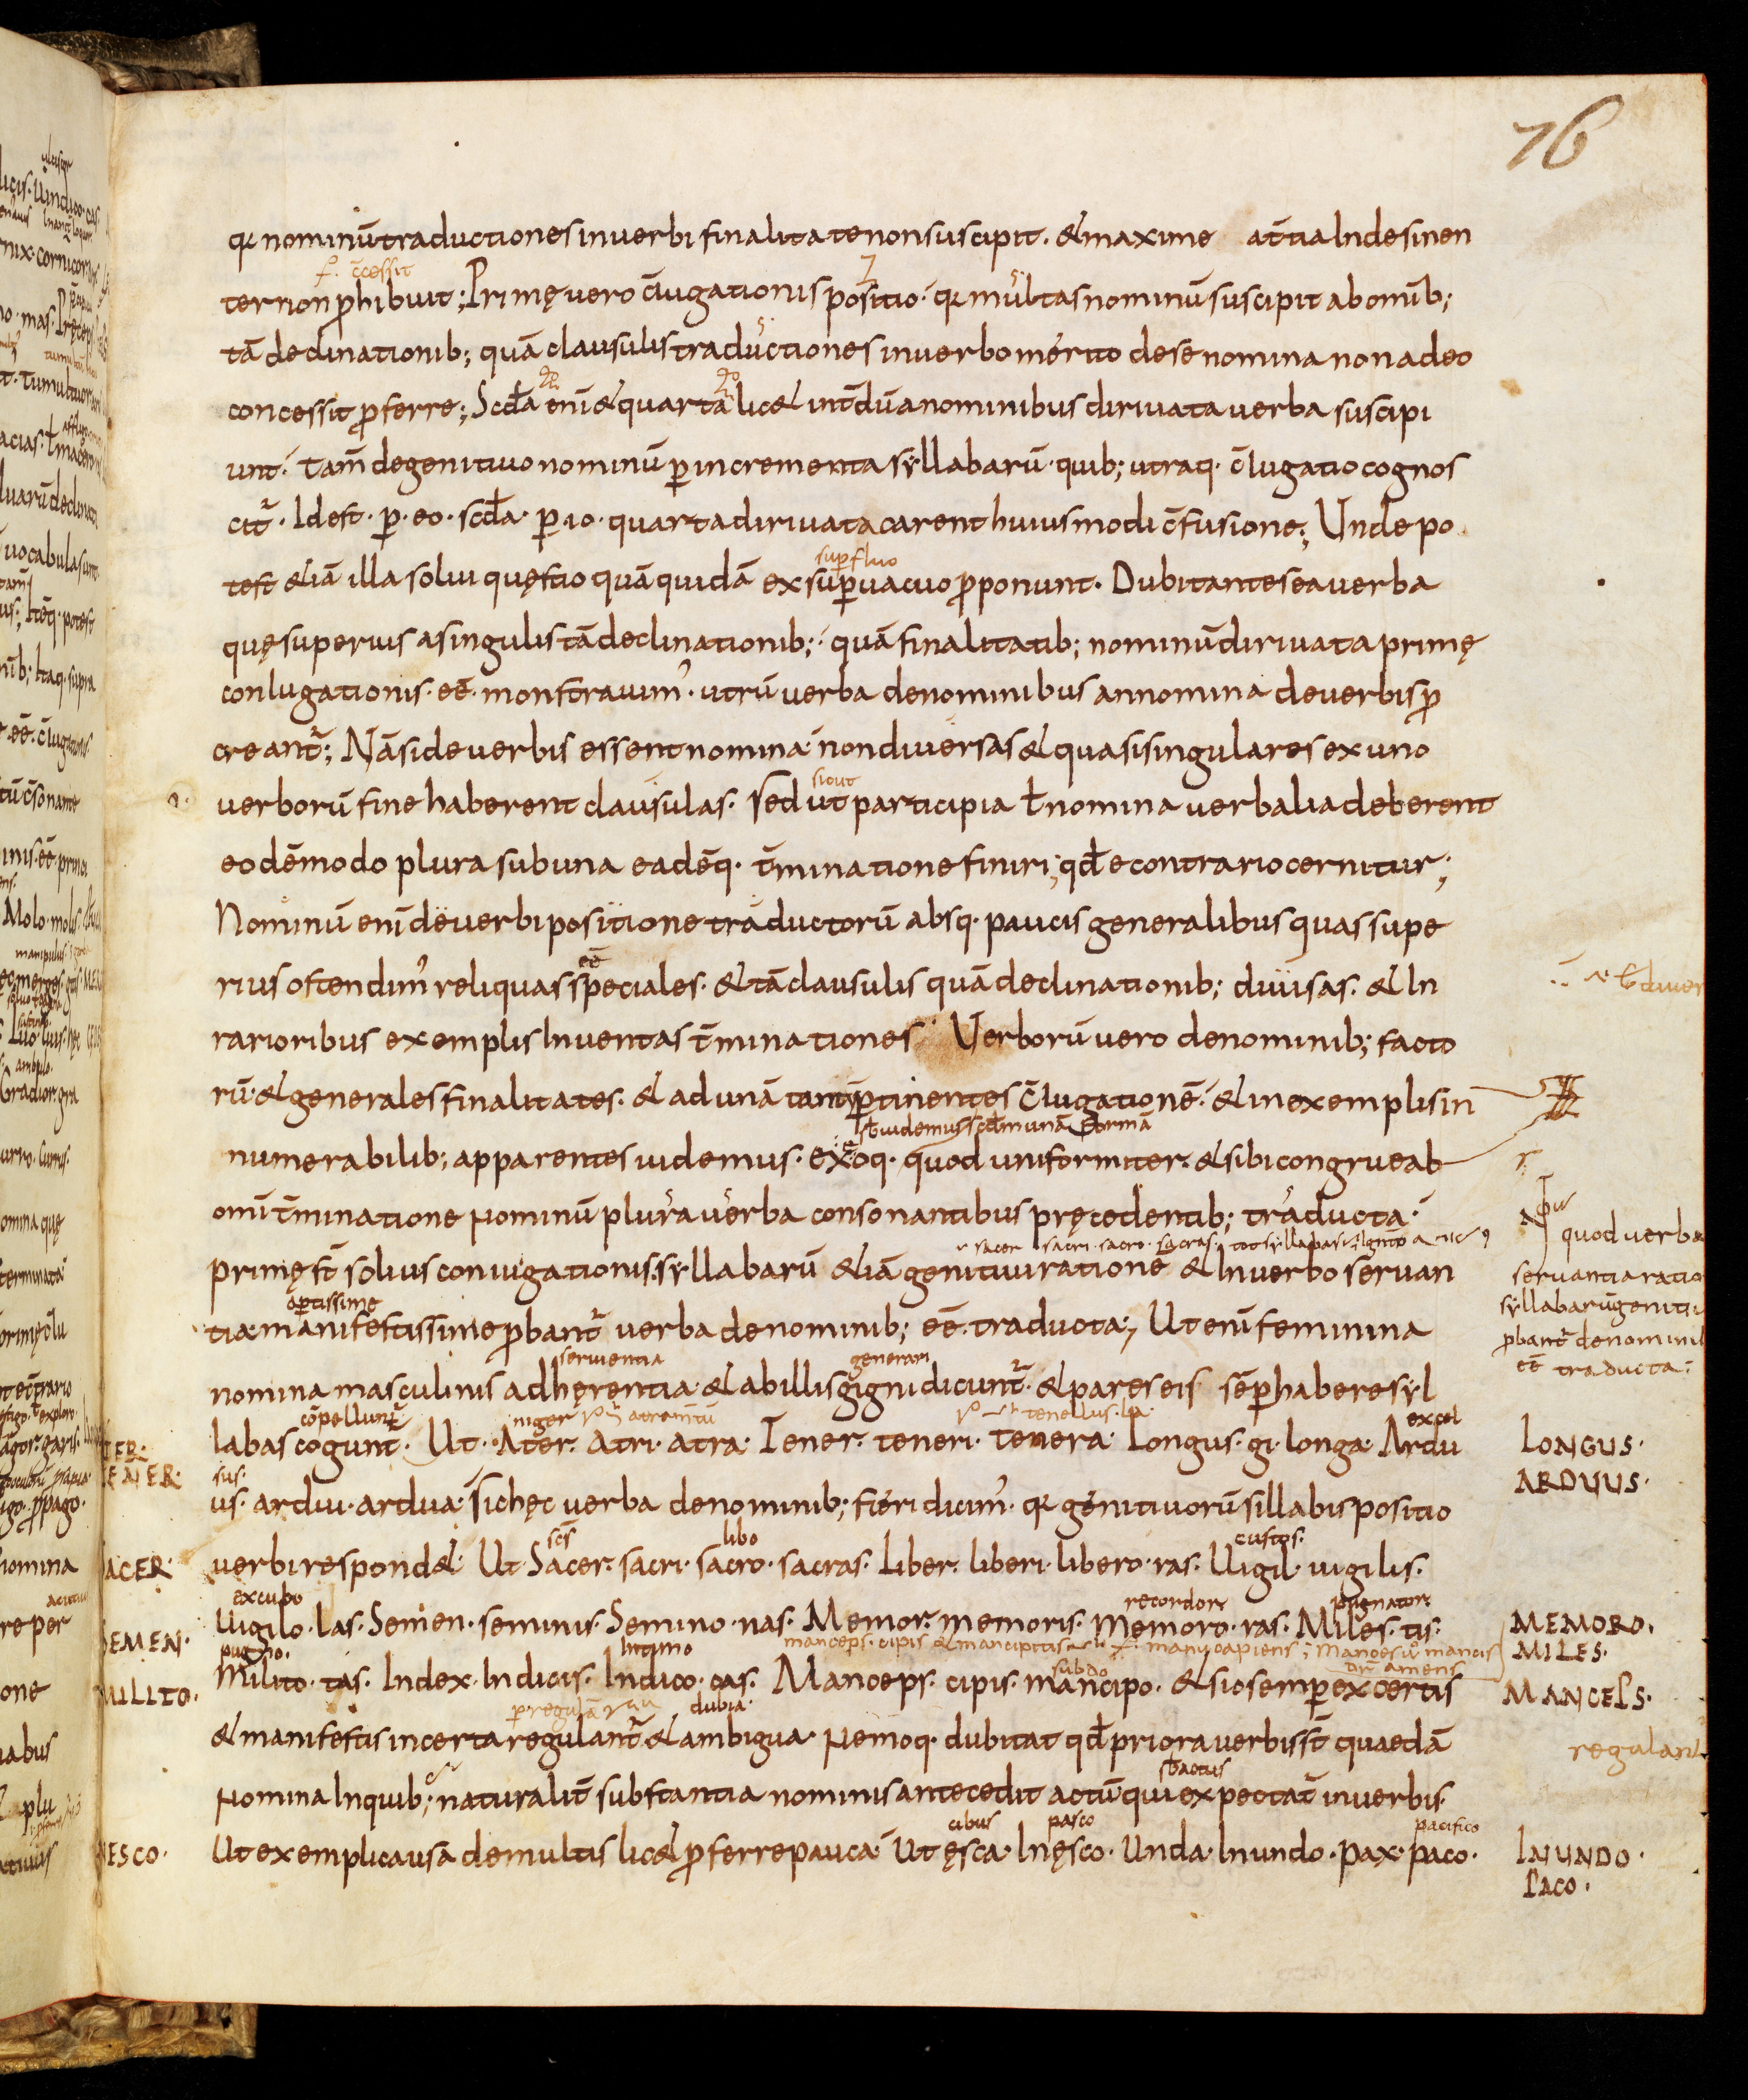
Shelfmark: Bamberg, Staatsbibliothek, MS Class. 30
Century: 9